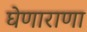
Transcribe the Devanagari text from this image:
घेणाराणा